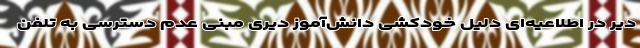
دیر در اطلاعیه‌ای دلیل خودکشی دانش‌آموز دیری مبنی عدم دسترسی به تلفن